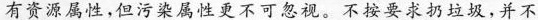
有资源属性，但污染属性更不可忽视。不按要求扔垃圾，并不